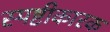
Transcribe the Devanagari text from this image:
स्पष्टीकारक